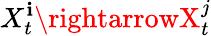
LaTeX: X_{t}^{\mathbf{i}}\rightarrowX_{t}^{j}